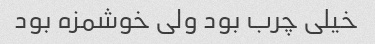
خیلی چرب بود ولی خوشمزه بود